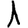
Digit: 1